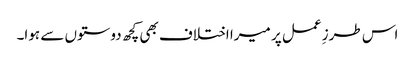
اس طرزِ عمل پر میرا اختلاف بھی کچھ دوستوں سے ہوا۔